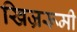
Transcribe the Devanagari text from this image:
खिज्ररूमी